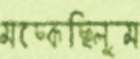
মচ্‌কেছিলুম